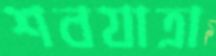
শবযাত্রা